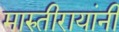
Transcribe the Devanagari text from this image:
मारुतीरायांनी